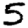
Digit: 5